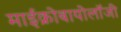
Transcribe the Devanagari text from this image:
माईक्रोबायोलॉजी